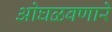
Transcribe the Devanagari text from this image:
ओघळवणारे